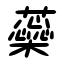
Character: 蘂